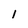
Character: 1